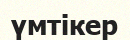
үмтікер